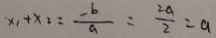
x _ { 1 } + x _ { 2 } = \frac { - b } { a } = \frac { 2 a } { 2 } = a